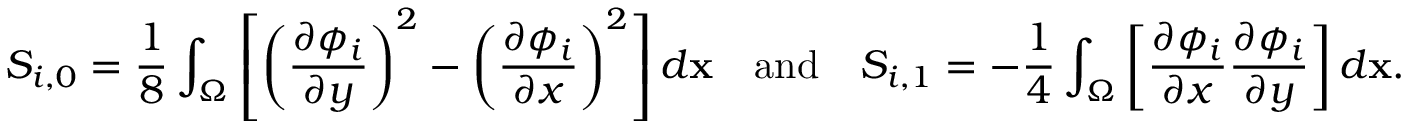
S _ { i , 0 } = \frac { 1 } { 8 } \int _ { \Omega } \left[ \left( \frac { \partial \phi _ { i } } { \partial y } \right) ^ { 2 } - \left( \frac { \partial \phi _ { i } } { \partial x } \right) ^ { 2 } \right] d \mathbf { x } \quad \mathrm { a n d } \quad S _ { i , 1 } = - \frac { 1 } { 4 } \int _ { \Omega } \left[ \frac { \partial \phi _ { i } } { \partial x } \frac { \partial \phi _ { i } } { \partial y } \right] d \mathbf { x } .